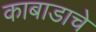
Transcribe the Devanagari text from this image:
काबाडाचे